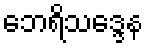
ဘေရိသဒ္ဒေန